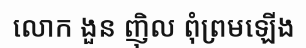
លោក ងួន ញ៉ិល ពុំព្រមឡើង